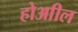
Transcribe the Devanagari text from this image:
होआील